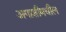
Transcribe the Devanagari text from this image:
अगाशीमधील